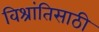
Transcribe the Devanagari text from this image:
विश्रांतिसाठी